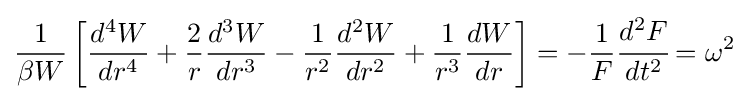
{\frac {1}{\beta W}}\left[{\frac {d^{4}W}{dr^{4}}}+{\frac {2}{r}}{\frac {d^{3}W}{dr^{3}}}-{\frac {1}{r^{2}}}{\frac {d^{2}W}{dr^{2}}}+{\frac {1}{r^{3}}}{\frac {dW}{dr}}\right]=-{\frac {1}{F}}{\cfrac {d^{2}F}{dt^{2}}}=\omega ^{2}